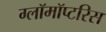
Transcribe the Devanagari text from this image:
ग्लॉमॉप्टरिस